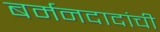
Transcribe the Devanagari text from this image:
बर्मनदादांची